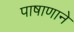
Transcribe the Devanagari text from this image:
पाषाणाने